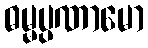
ဓမ္မပ္ပဏာမော